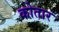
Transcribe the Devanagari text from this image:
कोतार